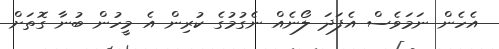
އެހެން ނަމަވެސް އެފަދަ ލޯނެއް ނެގުމުގެ ކުރިން އެ މީހުން ބުނާ ގޮތަށް